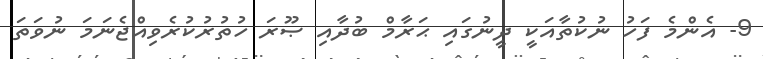
9- އެންމެ ފަހު ނުކުތާއަކީ ދީނުގައި ޙަރާމް ބުދާއި ޞޫރަ ހުތުރުކުރެވިއްޖެނަމަ ނުވަތަ